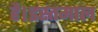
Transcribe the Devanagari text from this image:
है।इस्तमाल